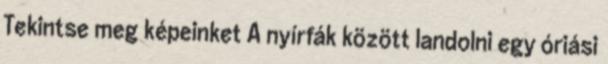
Tekintse meg képeinket A nyírfák között landolni egy óriási